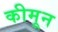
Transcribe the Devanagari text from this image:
कीमून